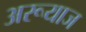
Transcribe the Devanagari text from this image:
अरूयाज